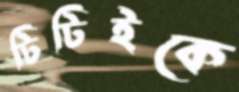
টিটিইকে